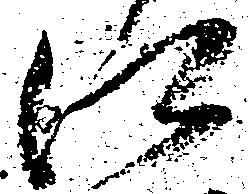
江